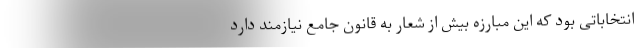
انتخاباتی بود که این مبارزه بیش از شعار به قانون جامع نیازمند دارد